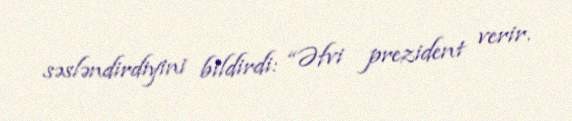
səsləndirdiyini bildirdi: “Əfvi prezident verir.